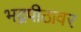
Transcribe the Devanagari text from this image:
भद्रपीठावर